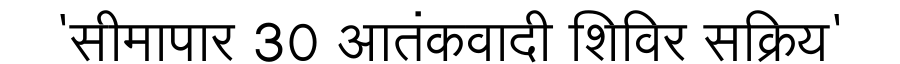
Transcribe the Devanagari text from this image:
'सीमापार 30 आतंकवादी शिविर सक्रिय'